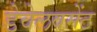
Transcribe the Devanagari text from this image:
डेवेलवमेंट